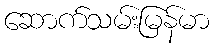
ဆောက်သမ်းမြန်မာ